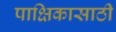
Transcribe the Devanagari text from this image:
पाक्षिकासाठी